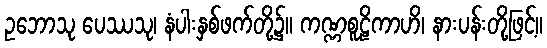
ဥဘောသု ပေဿသု၊ နံပါးနှစ်ဖက်တို့၌။ ကဏ္ဏစူဠိကာဟိ၊ နားပန်းတို့ဖြင့်။